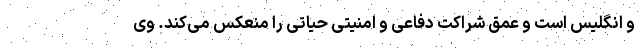
و انگلیس است و عمق شراکت دفاعی و امنیتی حیاتی را منعکس می‌کند. وی